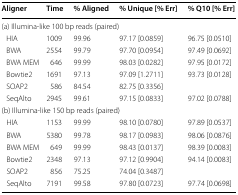
| Aligner | Time | % Aligned | % Unique [% Err] | % Q10 [% Err] |
 | --- | --- | --- | --- | --- |
 | <COLSPAN=5> (a) Illumina-like 100 bp reads (paired) |
 | HIA | 1009 | 99.96 | 97.17 [0.0859] | 96.75 [0.0510] |
 | BWA | 2554 | 99.79 | 97.70 [0.0954] | 97.49 [0.0692] |
 | BWA MEM | 646 | 99.99 | 98.03 [0.0282] | 97.95 [0.0172] |
 | Bowtie2 | 1691 | 97.13 | 97.09 [1.2711] | 93.73 [0.0128] |
 | SOAP2 | 586 | 84.54 | 82.75 [0.3356] |  |
 | SeqAlto | 2945 | 99.61 | 97.15 [0.0833] | 97.02 [0.0788] |
 | <COLSPAN=5> (b) Illumina-like 150 bp reads (paired) |
 | HIA | 1153 | 99.99 | 98.10 [0.0780] | 97.89 [0.0537] |
 | BWA | 5380 | 99.78 | 98.17 [0.0983] | 98.06 [0.0876] |
 | BWA MEM | 649 | 99.99 | 98.43 [0.0137] | 98.39 [0.0083] |
 | Bowtie2 | 2348 | 97.13 | 97.12 [0.9904] | 94.14 [0.0083] |
 | SOAP2 | 856 | 75.25 | 74.04 [0.3487] |  |
 | SeqAlto | 7191 | 99.58 | 97.80 [0.0723] | 97.74 [0.0698] |